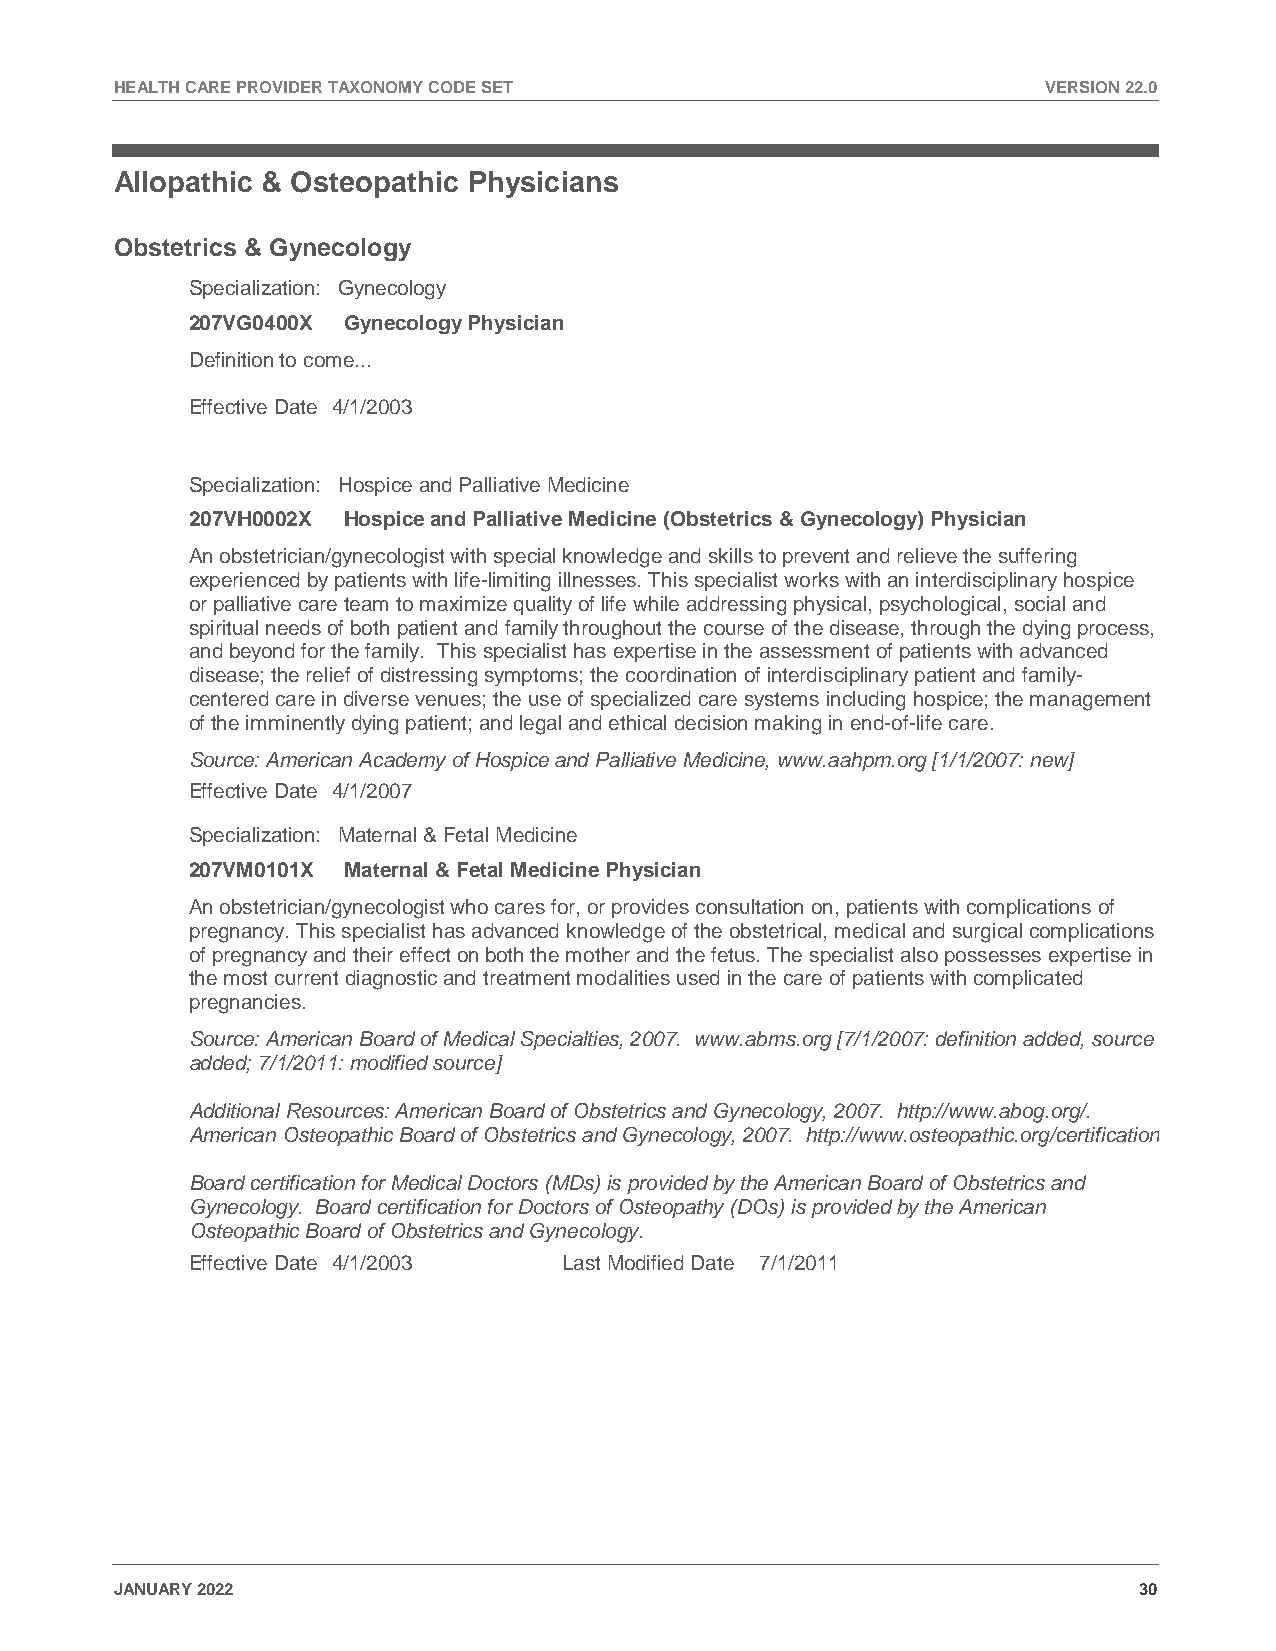
HEALTH CARE PROVIDER TAXONOMY CODE SET                       VERSION 22.0
 Allopathic & Osteopathic Physicians
 Obstetrics & Gynecology
 Specialization: Gynecology
 207VG0400X Gynecology Physician
 Definition to come...
 Effective Date 4/1/2003
 Specialization: Hospice and Palliative Medicine
 207VH0002X Hospice and Palliative Medicine (Obstetrics & Gynecology) Physician
 An obstetrician/gynecologist with special knowledge and skills to prevent and relieve the suffering
 experienced by patients with life-limiting illnesses. This specialist works with an interdisciplinary hospice
 or palliative care team to maximize quality of life while addressing physical, psychological, social and
 spiritual needs of both patient and family throughout the course of the disease, through the dying process,
 and beyond for the family. This specialist has expertise in the assessment of patients with advanced
 disease; the relief of distressing symptoms; the coordination of interdisciplinary patient and family-
 centered care in diverse venues; the use of specialized care systems including hospice; the management
 of the imminently dying patient; and legal and ethical decision making in end-of-life care.
 Source: American Academy of Hospice and Palliative Medicine, www.aahpm.org [1/1/2007: new]
 Effective Date 4/1/2007
 Specialization: Maternal & Fetal Medicine
 207VM0101X Maternal & Fetal Medicine Physician
 An obstetrician/gynecologist who cares for, or provides consultation on, patients with complications of
 pregnancy. This specialist has advanced knowledge of the obstetrical, medical and surgical complications
 of pregnancy and their effect on both the mother and the fetus. The specialist also possesses expertise in
 the most current diagnostic and treatment modalities used in the care of patients with complicated
 pregnancies.
 Source: American Board of Medical Specialties, 2007. www.abms.org [7/1/2007: definition added, source
 added; 7/1/2011: modified source]
 Additional Resources: American Board of Obstetrics and Gynecology, 2007. http://www.abog.org/.
 American Osteopathic Board of Obstetrics and Gynecology, 2007. http://www.osteopathic.org/certification
 Board certification for Medical Doctors (MDs) is provided by the American Board of Obstetrics and
 Gynecology. Board certification for Doctors of Osteopathy (DOs) is provided by the American
 Osteopathic Board of Obstetrics and Gynecology.
 Effective Date 4/1/2003  Last Modified Date 7/1/2011
 JANUARY 2022                                                       30